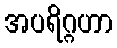
အပရိဂ္ဂဟာ